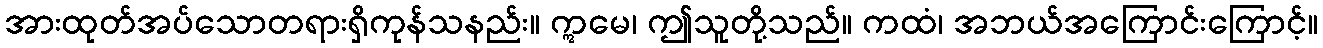
အားထုတ်အပ်သောတရားရှိကုန်သနည်း။ ဣမေ၊ ဤသူတို့သည်။ ကထံ၊ အဘယ်အကြောင်းကြောင့်။